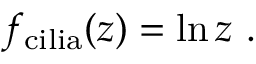
f _ { \mathrm { c i l i a } } ( z ) = \ln z \ .